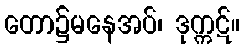
တော၌မနေအပ်၊ ဒုက္ကဋ်။